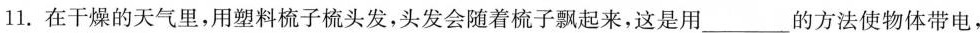
11.在干燥的天气里，用塑料梳子梳头发，头发会随着梳子飘起来，这是用___的方法使物体带电，